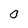
Character: 0